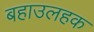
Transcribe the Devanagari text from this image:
बहाउलहक